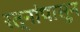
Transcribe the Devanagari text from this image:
रत्‍नांपासून